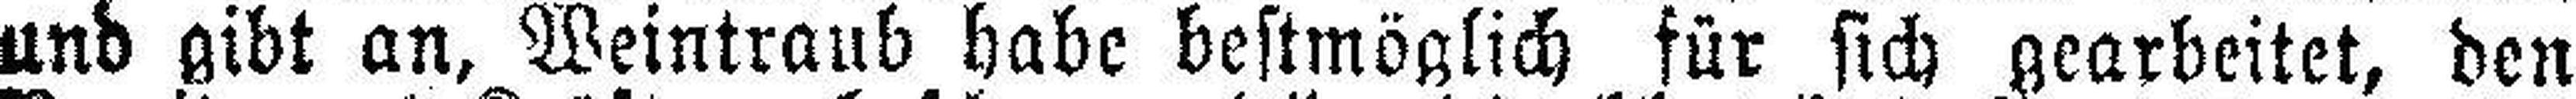
und gibt an, Weintraub habe bestmöglich für sich gearbeitet, den